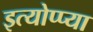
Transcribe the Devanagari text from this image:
इत्योप्प्या